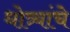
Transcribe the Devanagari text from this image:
धोत्र्यांचे